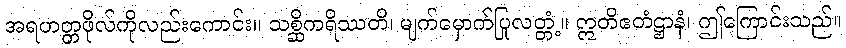
အရဟတ္တဖိုလ်ကိုလည်းကောင်း။ သစ္ဆိကရိဿတိ၊ မျက်မှောက်ပြုလတ္တံ့။ ဣတိဧတံဋ္ဌာနံ၊ ဤကြောင်းသည်။